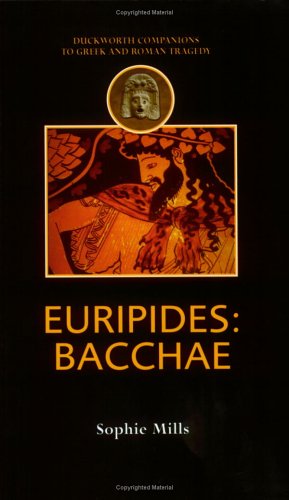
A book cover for Euripides: Bacchae (Duckworth Companions to Greek & Roman Tragedy); Sophie Mills; Literature & Fiction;